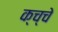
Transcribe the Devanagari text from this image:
क्च्चे